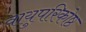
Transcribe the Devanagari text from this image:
वायुपरिकोष्ठ